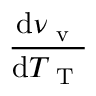
\frac { \mathrm { d } \nu _ { \mathrm { ~ v ~ } } } { \mathrm { d } T _ { \mathrm { ~ T ~ } } }